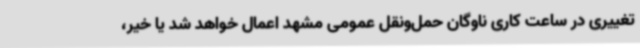
تغییری در ساعت کاری ناوگان حمل‌ونقل عمومی مشهد اعمال خواهد شد یا خیر،